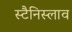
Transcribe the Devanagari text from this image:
स्टैनिस्लाव